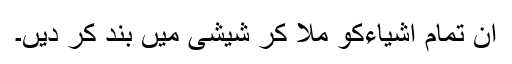
ان تمام اشیاءکو ملا کر شیشی میں بند کر دیں۔